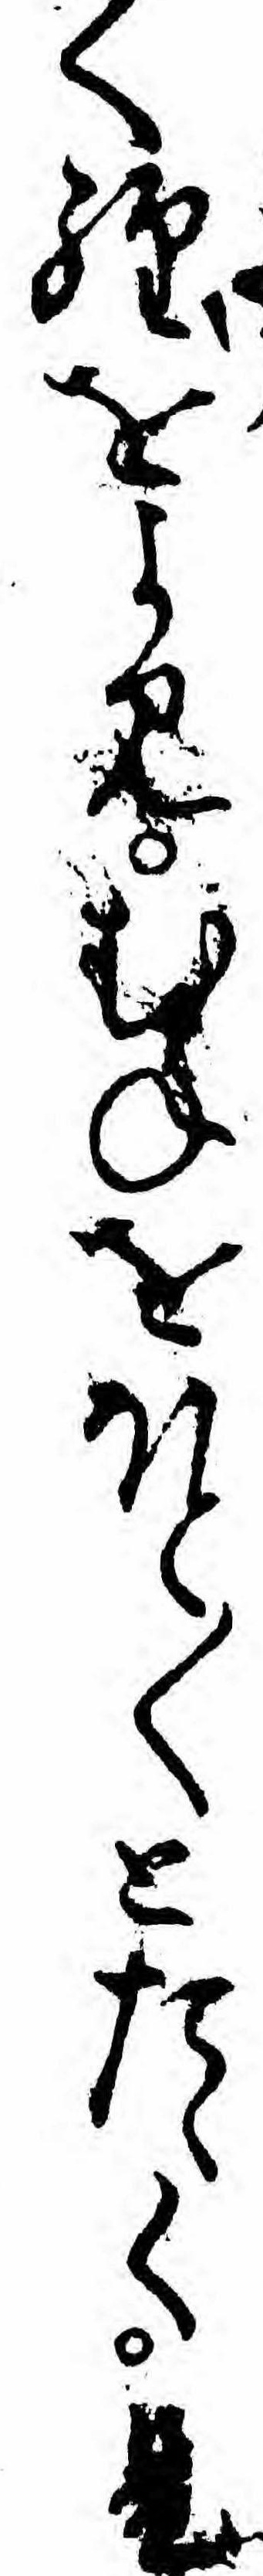
く経をよみむねをほと〱とたゝく是